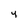
Character: y